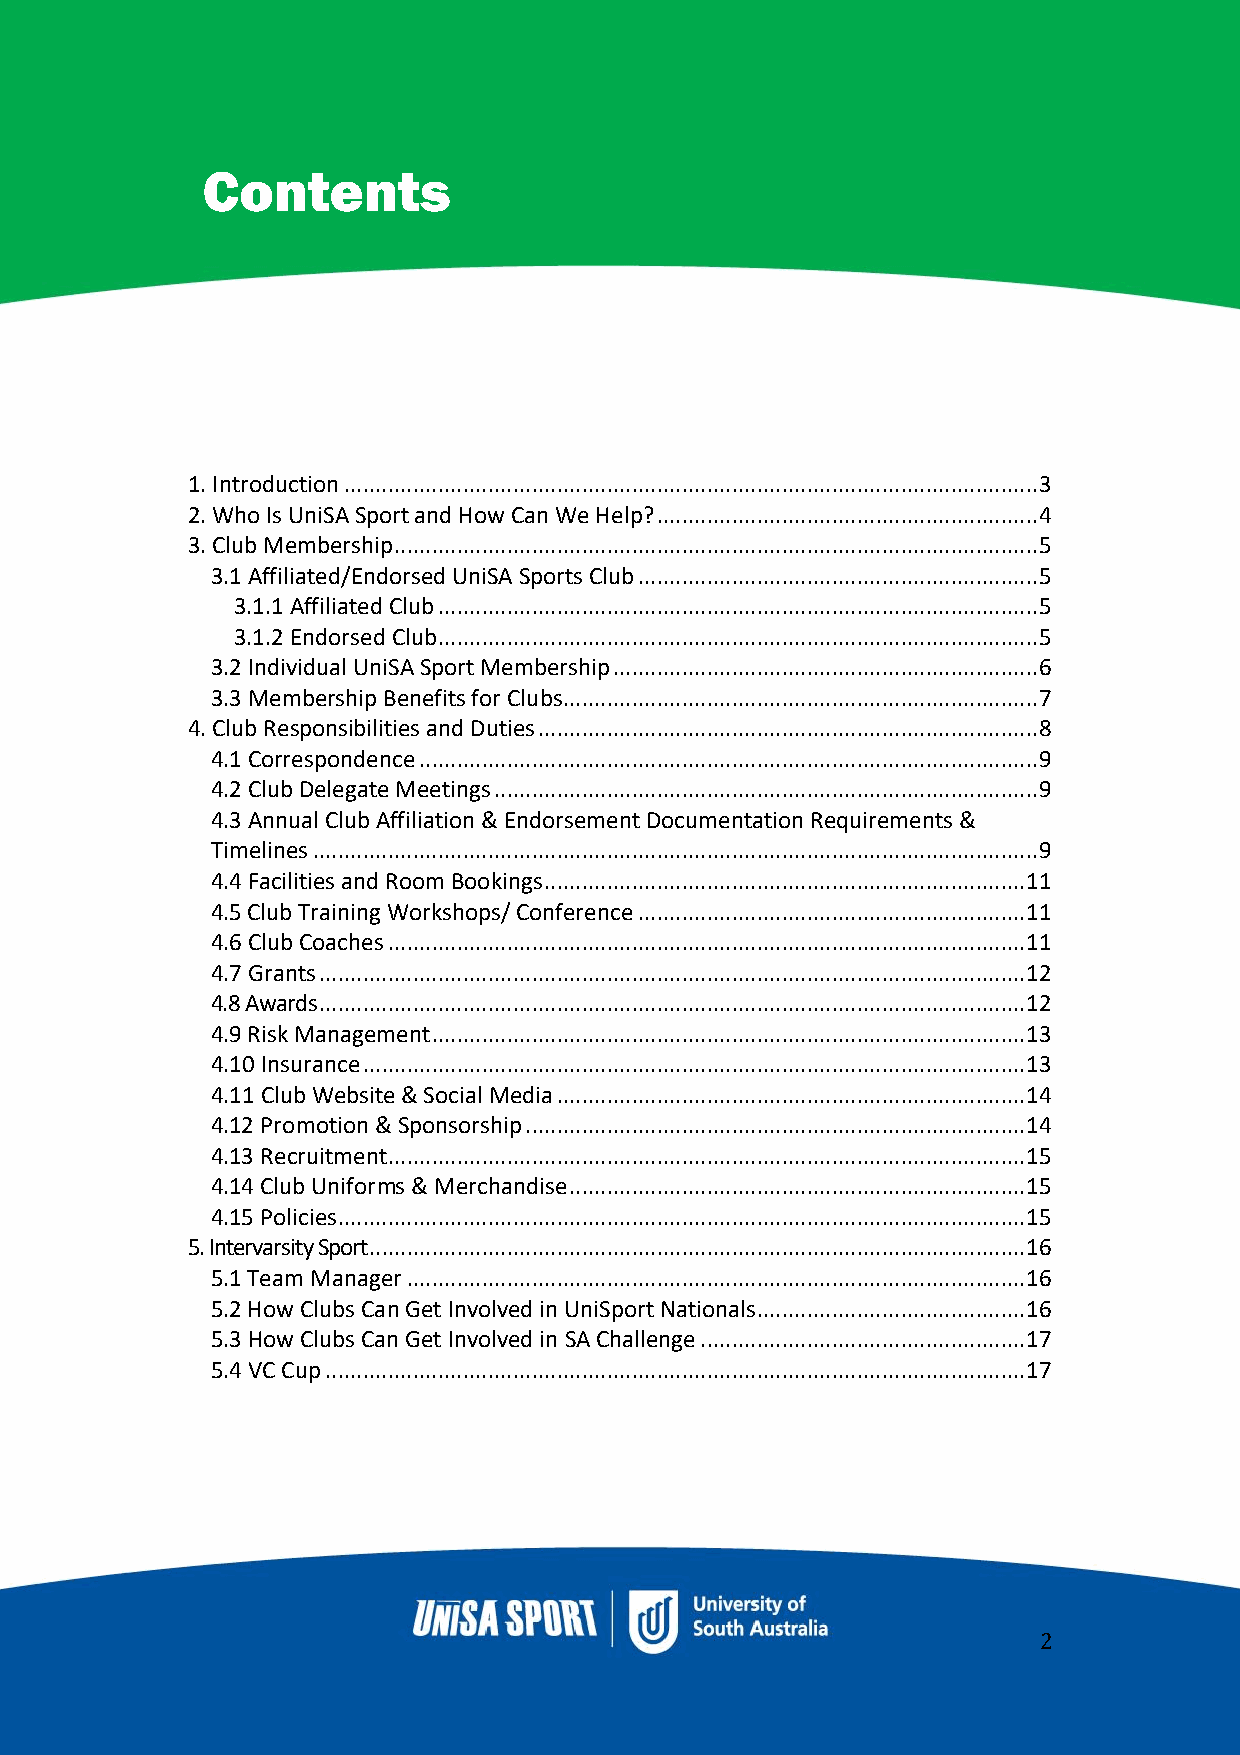
Contents
 1. Introduction ............................................................................................................... 3
 2. Who Is UniSA Sport and How Can We Help? ............................................................. 4
 3. Club Membership ....................................................................................................... 5
 3.1 Affiliated/Endorsed UniSA Sports Club ................................................................ 5
 3.1.1 Affiliated Club ................................................................................................ 5
 3.1.2 Endorsed Club ................................................................................................ 5
 3.2 Individual UniSA Sport Membership .................................................................... 6
 3.3 Membership Benefits for Clubs............................................................................ 7
 4. Club Responsibilities and Duties ................................................................................ 8
 4.1 Correspondence ................................................................................................... 9
 4.2 Club Delegate Meetings ....................................................................................... 9
 4.3 Annual Club Affiliation & Endorsement Documentation Requirements &
 Timelines .................................................................................................................... 9
 4.4 Facilities and Room Bookings ............................................................................. 11
 4.5 Club Training Workshops/ Conference .............................................................. 11
 4.6 Club Coaches ...................................................................................................... 11
 4.7 Grants ................................................................................................................. 12
 4.8 Awards ................................................................................................................. 12
 4.9 Risk Management ............................................................................................... 13
 4.10 Insurance .......................................................................................................... 13
 4.11 Club Website & Social Media ........................................................................... 14
 4.12 Promotion & Sponsorship ................................................................................ 14
 4.13 Recruitment ...................................................................................................... 15
 4.14 Club Uniforms & Merchandise ......................................................................... 15
 4.15 Policies .............................................................................................................. 15
 5. Intervarsity Sport ......................................................................................................... 16
 5.1 Team Manager ................................................................................................... 16
 5.2 How Clubs Can Get Involved in UniSport Nationals ........................................... 16
 5.3 How Clubs Can Get Involved in SA Challenge .................................................... 17
 5.4 VC Cup ................................................................................................................ 17
 2